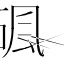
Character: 碸